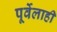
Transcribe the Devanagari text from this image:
पूर्वेलाही